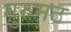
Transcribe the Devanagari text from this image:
गुरुमठ